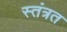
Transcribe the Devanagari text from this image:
स्तंत्रत